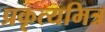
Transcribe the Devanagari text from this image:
प्रकृत्यमित्र